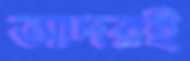
আদরই